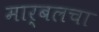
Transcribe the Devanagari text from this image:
मार्बलचा